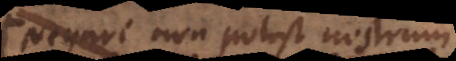
Negari non potest nostrum